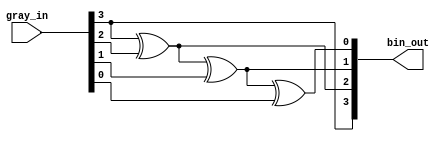
// ********************************************************************/
// Actel Corporation Proprietary and Confidential
//  Copyright 2011 Actel Corporation.  All rights reserved.
//
// ANY USE OR REDISTRIBUTION IN PART OR IN WHOLE MUST BE HANDLED IN
// ACCORDANCE WITH THE ACTEL LICENSE AGREEMENT AND MUST BE APPROVED
// IN ADVANCE IN WRITING.
//
// Description:  grayToBinConv.v
//               
//
//
// Revision Information:
// Date     Description
//
// SVN Revision Information:
// SVN $Revision: 4805 $
// SVN $Date: 2012-06-21 17:48:48 +0530 (Thu, 21 Jun 2012) $
//
// Resolved SARs
// SAR      Date     Who   Description
//
// Notes:
//
// ********************************************************************/

`timescale 1ns / 100ps

module COREFIFO_C1_COREFIFO_C1_0_corefifo_grayToBinConv(
                                         gray_in,
                                         bin_out
                                        );

   // --------------------------------------------------------------------------
   // Parameter Declaration
   // --------------------------------------------------------------------------
   parameter ADDRWIDTH  = 3;
  // parameter SYNC_RESET = 0;   

   // --------------------------------------------------------------------------
   // I/O Declaration
   // --------------------------------------------------------------------------

   //--------
   // Inputs
   //--------
   input [ADDRWIDTH:0]    gray_in;

   //---------
   // Outputs
   //---------
   output [ADDRWIDTH:0] bin_out;

   // --------------------------------------------------------------------------
   // Internal signals
   // --------------------------------------------------------------------------
   reg [ADDRWIDTH:0]      bin_out;   
   integer                i;
   

   // --------------------------------------------------------------------------
   //                               Start - of - Code
   // --------------------------------------------------------------------------


   // --------------------------------------------------------------------------
   // Logic to Convert the Gray code to Binary
   // --------------------------------------------------------------------------
   always @(*) begin

      bin_out[ADDRWIDTH]  = gray_in[ADDRWIDTH];      

      for(i=ADDRWIDTH;i>0;i = i-1) begin
         bin_out[i-1]     = (bin_out[i] ^ gray_in[i-1]);
      end

   end

endmodule // corefifo_grayToBinConv

// --------------------------------------------------------------------------
//                             End - of - Code
// --------------------------------------------------------------------------